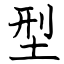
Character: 型